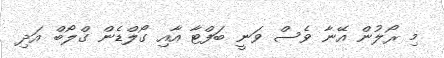
މި ރޯލުން އޭނާ ވެސް ވަނީ ބަފްޓާ އާއި ގޯލްޑެން ގްލޯބް އަދި